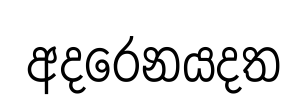
අදරෙනයදත